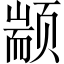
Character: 颛